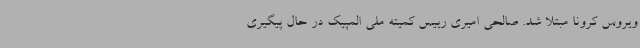
ویروس کرونا مبتلا شد. صالحی امیری رییس کمیته ملی المپیک در حال پیگیری